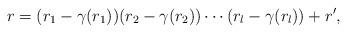
LaTeX: \begin{align*}r=(r_1-\gamma(r_1))(r_2-\gamma(r_2))\cdots (r_l-\gamma(r_l))+r^\prime,\end{align*}